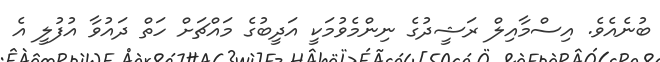
ބުނެއެވެ. އިސްމާއިލް ރަޝީދުގެ ނިންމެވުމަކީ އަދީބުގެ މައްޗަށް ހަތް ދައުވާ އުފުލީ އެ